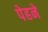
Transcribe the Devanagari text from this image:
पेहने